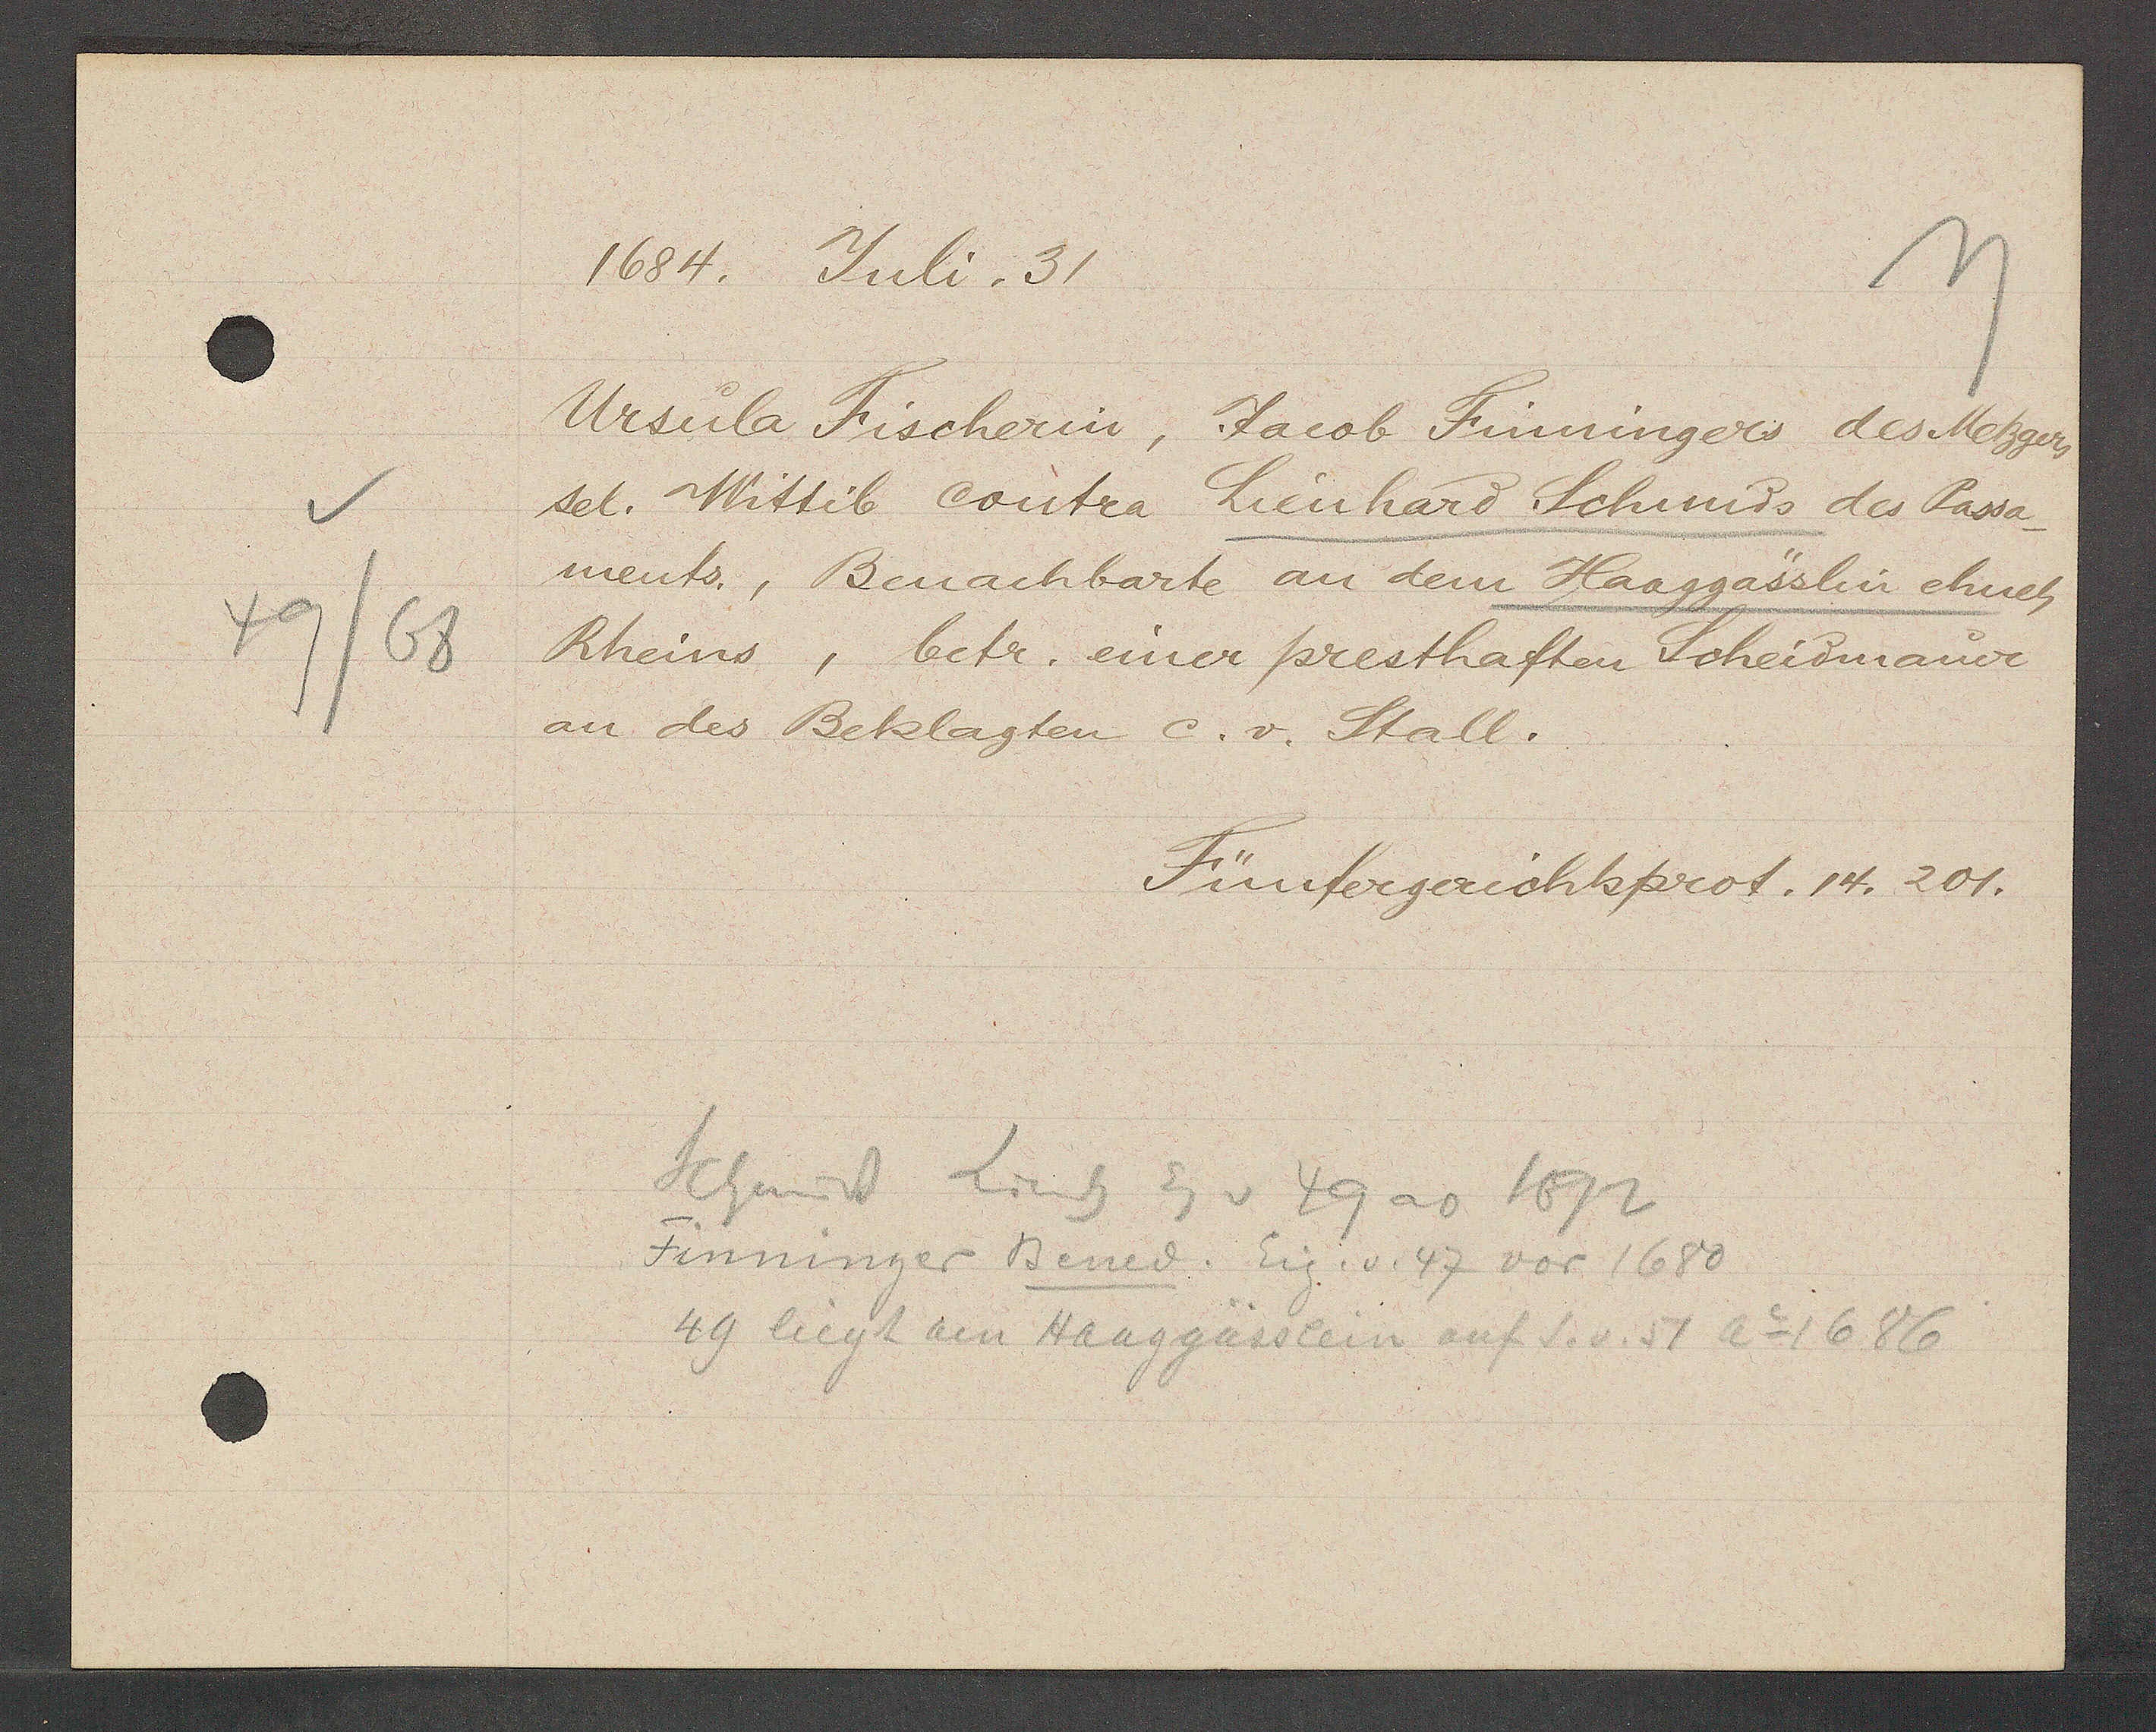
Transcript:
49/68

1684. Juli. 31

Ursula Fischerin, Jacob Finningers des Metzers
sel. Wittib contra Lienhard Schmids des Passa-
ments, Benachbarte an dem Haaggässlin ehnet
Rheins, betr. einer presthaften Scheidmauer
an des Beklagten c. v. Stall.

Fünfergerichtsprot. 14. 201.

Schmidt Lienh Eg v 49 ao 1692
Finninger Bened. Eig. v. 47 vor 1680
49 liegt am Haaggässlein auf S. v. 51 Ao 1686